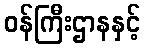
ဝန်ကြီးဌာနနှင့်